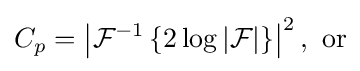
C_{p}=\left|{\mathcal {F}}^{-1}\left\{2\log |{\mathcal {F}}|\right\}\right|^{2},{\text{ or}}